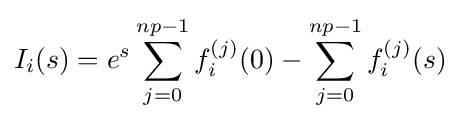
I_{i}(s)=e^{s}\sum _{j=0}^{np-1}f_{i}^{(j)}(0)-\sum _{j=0}^{np-1}f_{i}^{(j)}(s)